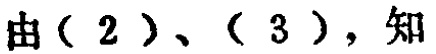
由（2）、（3），知